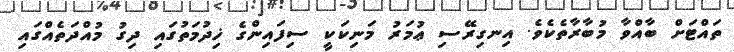
ތައްޓަށް ބާއްވާ މުބާރާތެކެވެ. އިނގިރޭސި ޢުމަރު މަނިކަކީ ސިފައިންގެ ޚިދުމަތުގައި ދިގު މުއްދަތެއްގައި